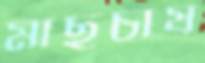
মাছচাষ